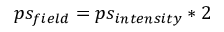
p s _ { f i e l d } = p s _ { i n t e n s i t y } * 2